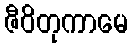
ဇီဝိတုကာမေ